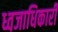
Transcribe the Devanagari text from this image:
ध्वजाधिकारी